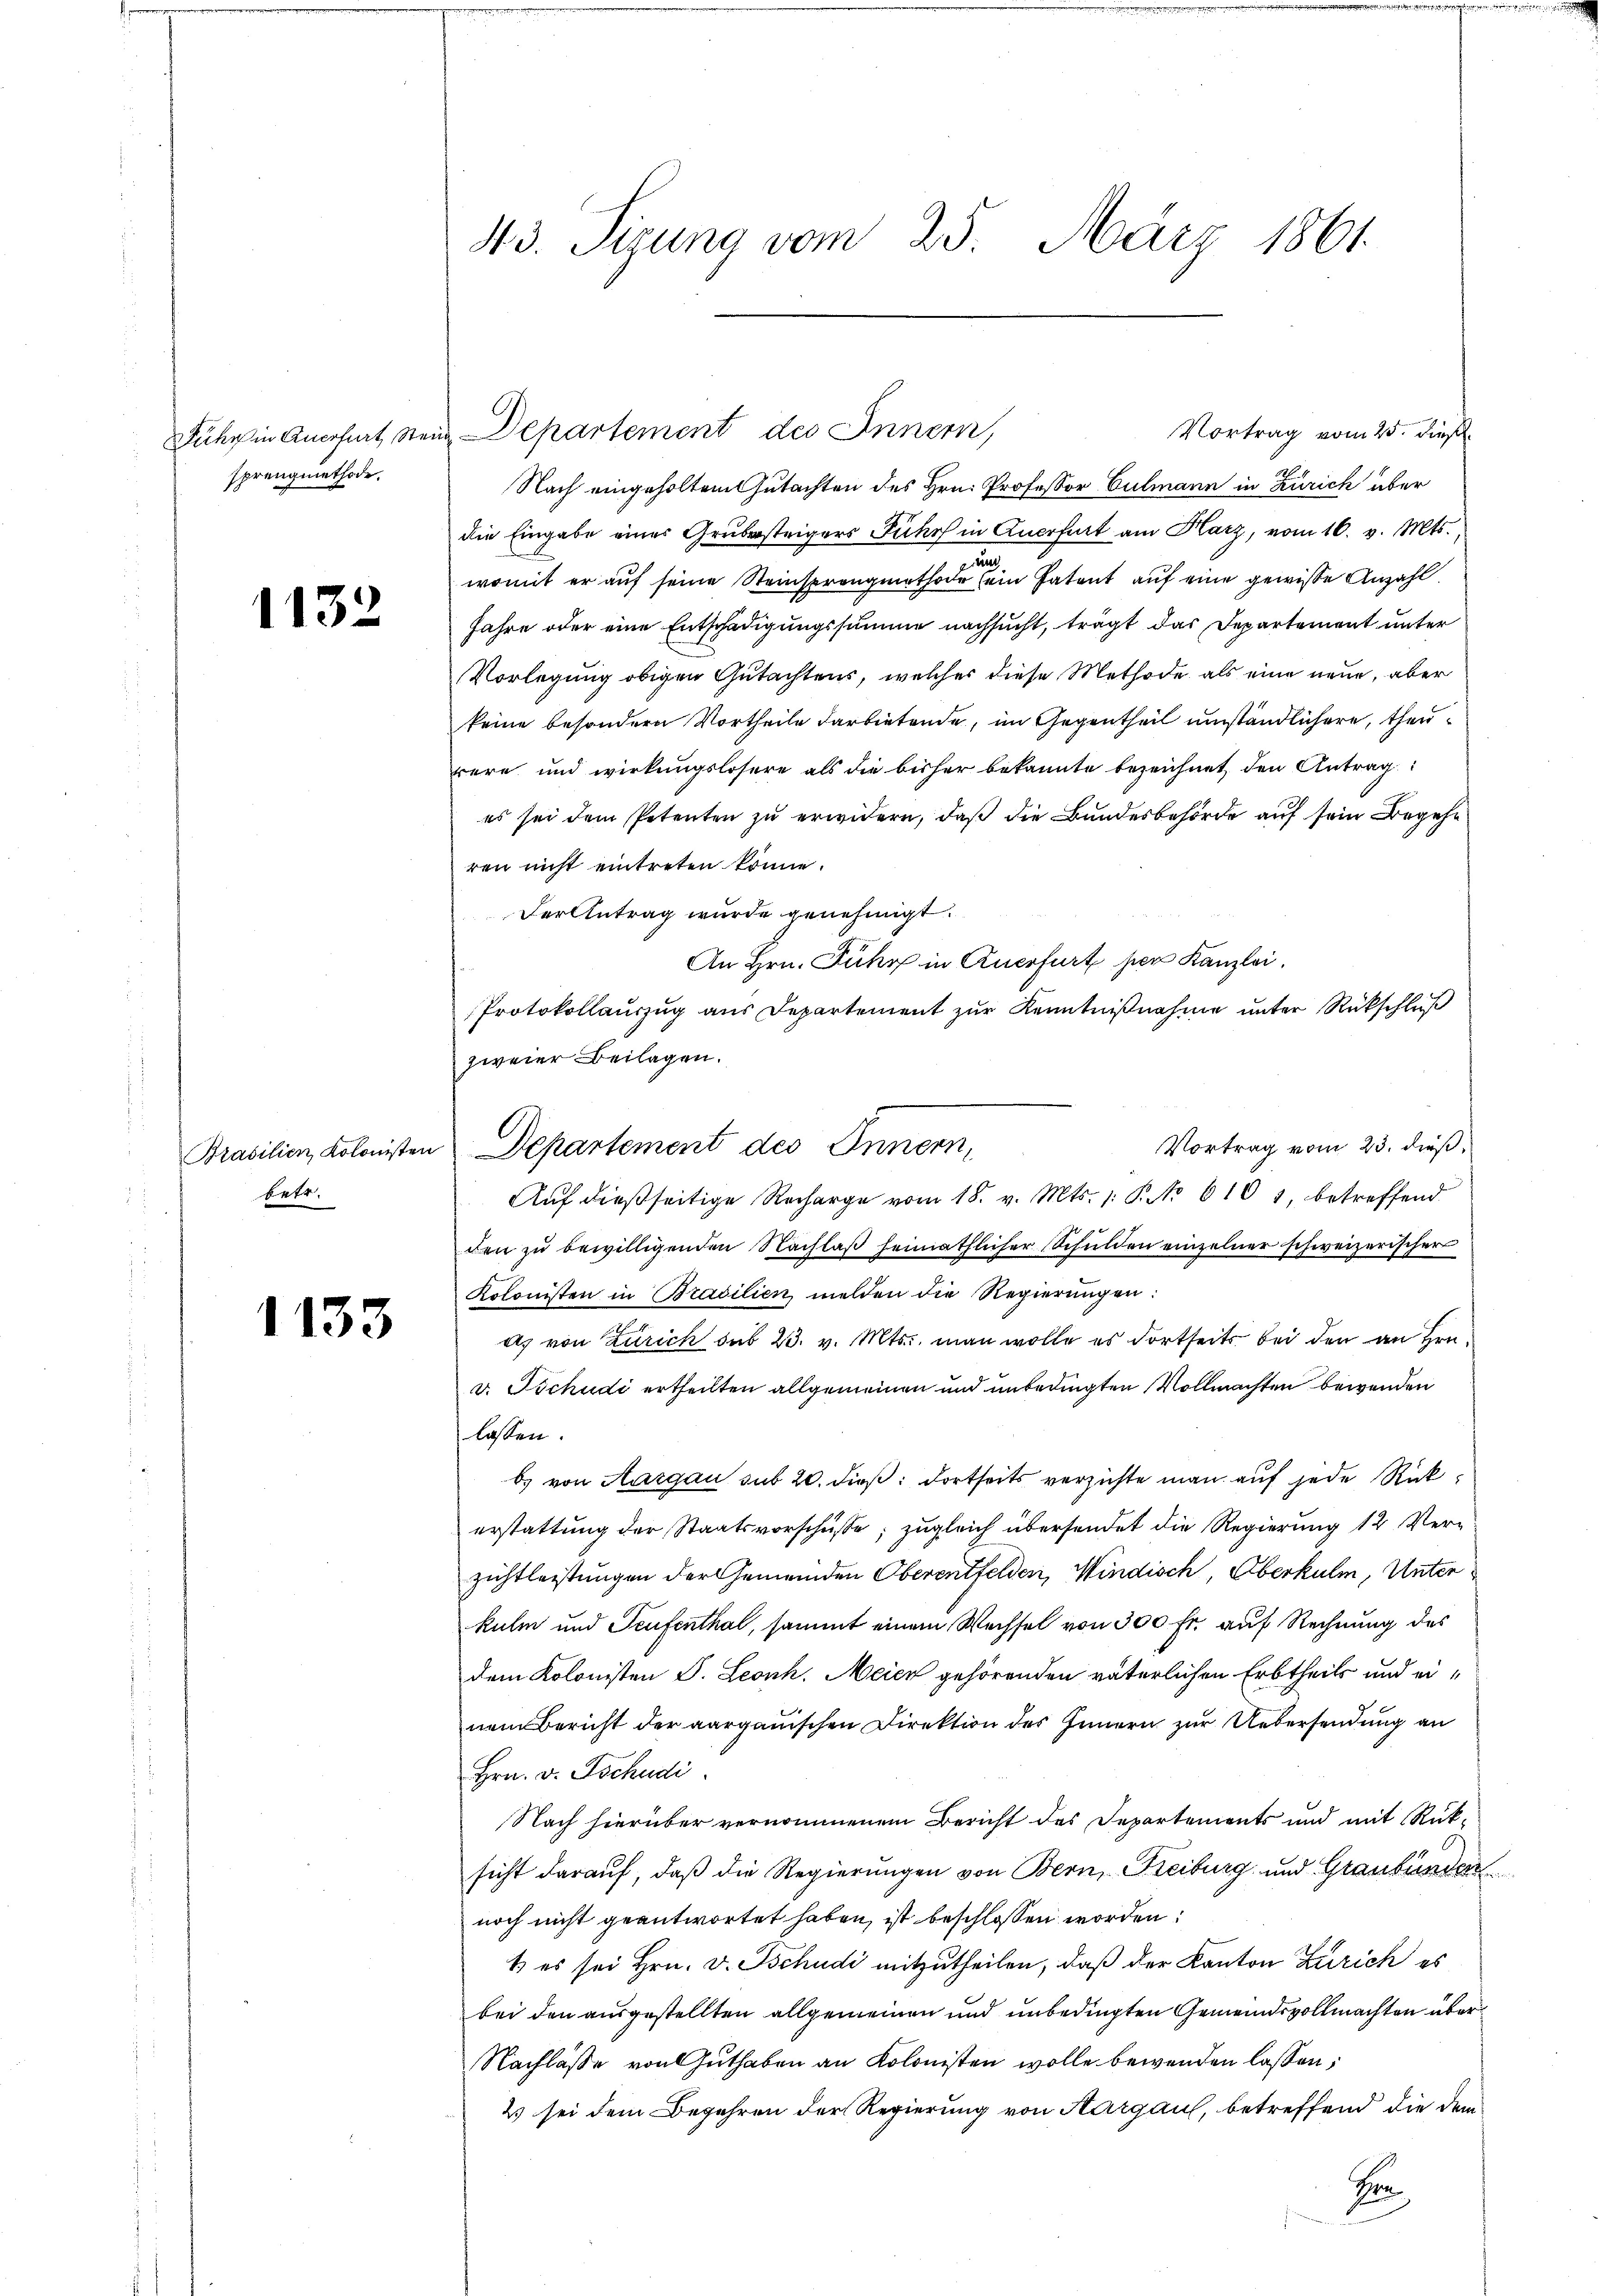
Fuhr in Anerhart, Steu
sprengmethode.

1132

Brasilien, Kolonisten
betr.

1133

43. Sizung vom 25. März 1861.

Vortrag vom 25. dieß
Departement des Innern,
Nach eingeholtem Gutachten des Hrn. Professor Culmann in Zürich über
die Eingabe einer Grubersteigers Fuhrs in Anerhalt am Harz, vom 16. v. Mts.,
u
womit er auf seine Steinsprengmethode (ein Patent auf eine gewisse Anzahl
Jahre oder eine Entschädigungssumme nachsucht, tragt das Departement unter
Vorlegung obigen Gutachtens, welcher diese Methode, als eine neue, aber
keine besondern Vortheile darbietende, im Gegentheil umständlichere, theirere und wirkungslosere als die bisher bekannte bezeichnet, den Antrag
es sei dem Petenten zu erwidern, daß die Bundesbehörde auf sein Begehr
ren nicht eintreten könne.
Der Antrag wurde genehmigt.
An Hrn. Führ in Auerfurt der Kanzlei,
Protokollauszug aus Departement zur Kenntnißnahme unter Rückschluß
zweier Beilagen.
Vortrag vom 23. dieß,
Aŭf dießseitige Recharge vom 18. v. Mts. 1. Po 610 1, betreffend
den zu bewilligenden Nachlaß heimathlicher Schulden einzelner schweizerischer
Kolonisten in Brasilien melden die Regierungen:
ds von Zürich sub 23. v. Mts., man wolle es dortseits bei den an Hrn.
v. Tschudi ertheilten allgemeinen und unbedingten Vollmachten bewenden
lassen.
b. von Aargau sub 20. dieß: dortseits verzichte man auf jede Rückerstattung der Staatsvorschüsse; zugleich übersendet die Regierung 12 Verzichtleistungen der Gemeinden Oberentfelden, Windisch, Oberkulm, Unterkulm und Teufenthal, sammt einem Wechsel von 300 fr. auf Rechnung des
dem Kolonisten S. Leonh. Meier gehörenden väterlichen Erbtheils und einem Bericht der aargauischen Direktion des Innern zur Uebersendung an
Hrn. v. Tschudi
Nach hierüber vernommenem Bericht des Departements und mit Rück-
sicht darauf, daß die Regierungen von Bern, Freiburg und Graubünden
noch nicht geantwortet haben, ist beschlossen worden:
1) es sei Hrn. v. Tschudi mitzutheilen, daß der Kanton Zürich es
bei den ausgestellten allgemeinen und unbedingten Gemeindsvollmachten über¬
Nachlaße von Guthaben an Kolonisten wolle bewenden lassen,
2 sei dem Begehren der Regierung von Aargau, betreffend die dem
Pr

Departement des Innern,